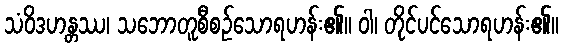
သံဝိဒဟန္တဿ၊ သဘောတူစီစဉ်သောရဟန်း၏။ ဝါ၊ တိုင်ပင်သောရဟန်း၏။